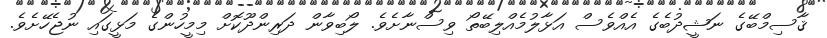
ޤާސިމްބޭގެ ނަޝީދުބެގެ އެއްވެސް އަޅާލުމެއްލިބޭތޯ ވިސްނާށެވެ. ލޯބިވާން ދަރިންދޫކޮށް މިމީހުންގެ މަޅީގައި ނުޖެހޭށެވެ.